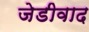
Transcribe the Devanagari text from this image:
जेडीवाद